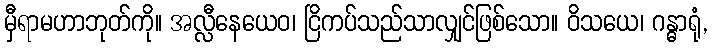
မှီရာမဟာဘုတ်ကို။ အလ္လီနေယေဝ၊ ငြိကပ်သည်သာလျှင်ဖြစ်သော။ ဝိသယေ၊ ဂန္ဓာရုံ,